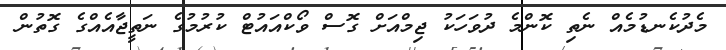
މެދުކެނޑުމެއް ނެތި ކޮންމެ ދުވަހަކު ޖިމްއަށް ގޮސް ވޯކްއައުޓް ކުރުމުގެ ނަތީޖާއެއްގެ ގޮތުން